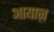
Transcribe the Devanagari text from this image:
आयाज़